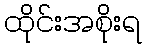
ထိုင်းအစိုးရ